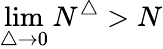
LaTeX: \operatorname*{lim}_{\triangle\to 0}N^{\triangle}>N